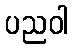
ပညဝါ